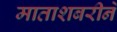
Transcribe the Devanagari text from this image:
माताशबरीने